Pusta,_Kaarel_Robert, lk 2
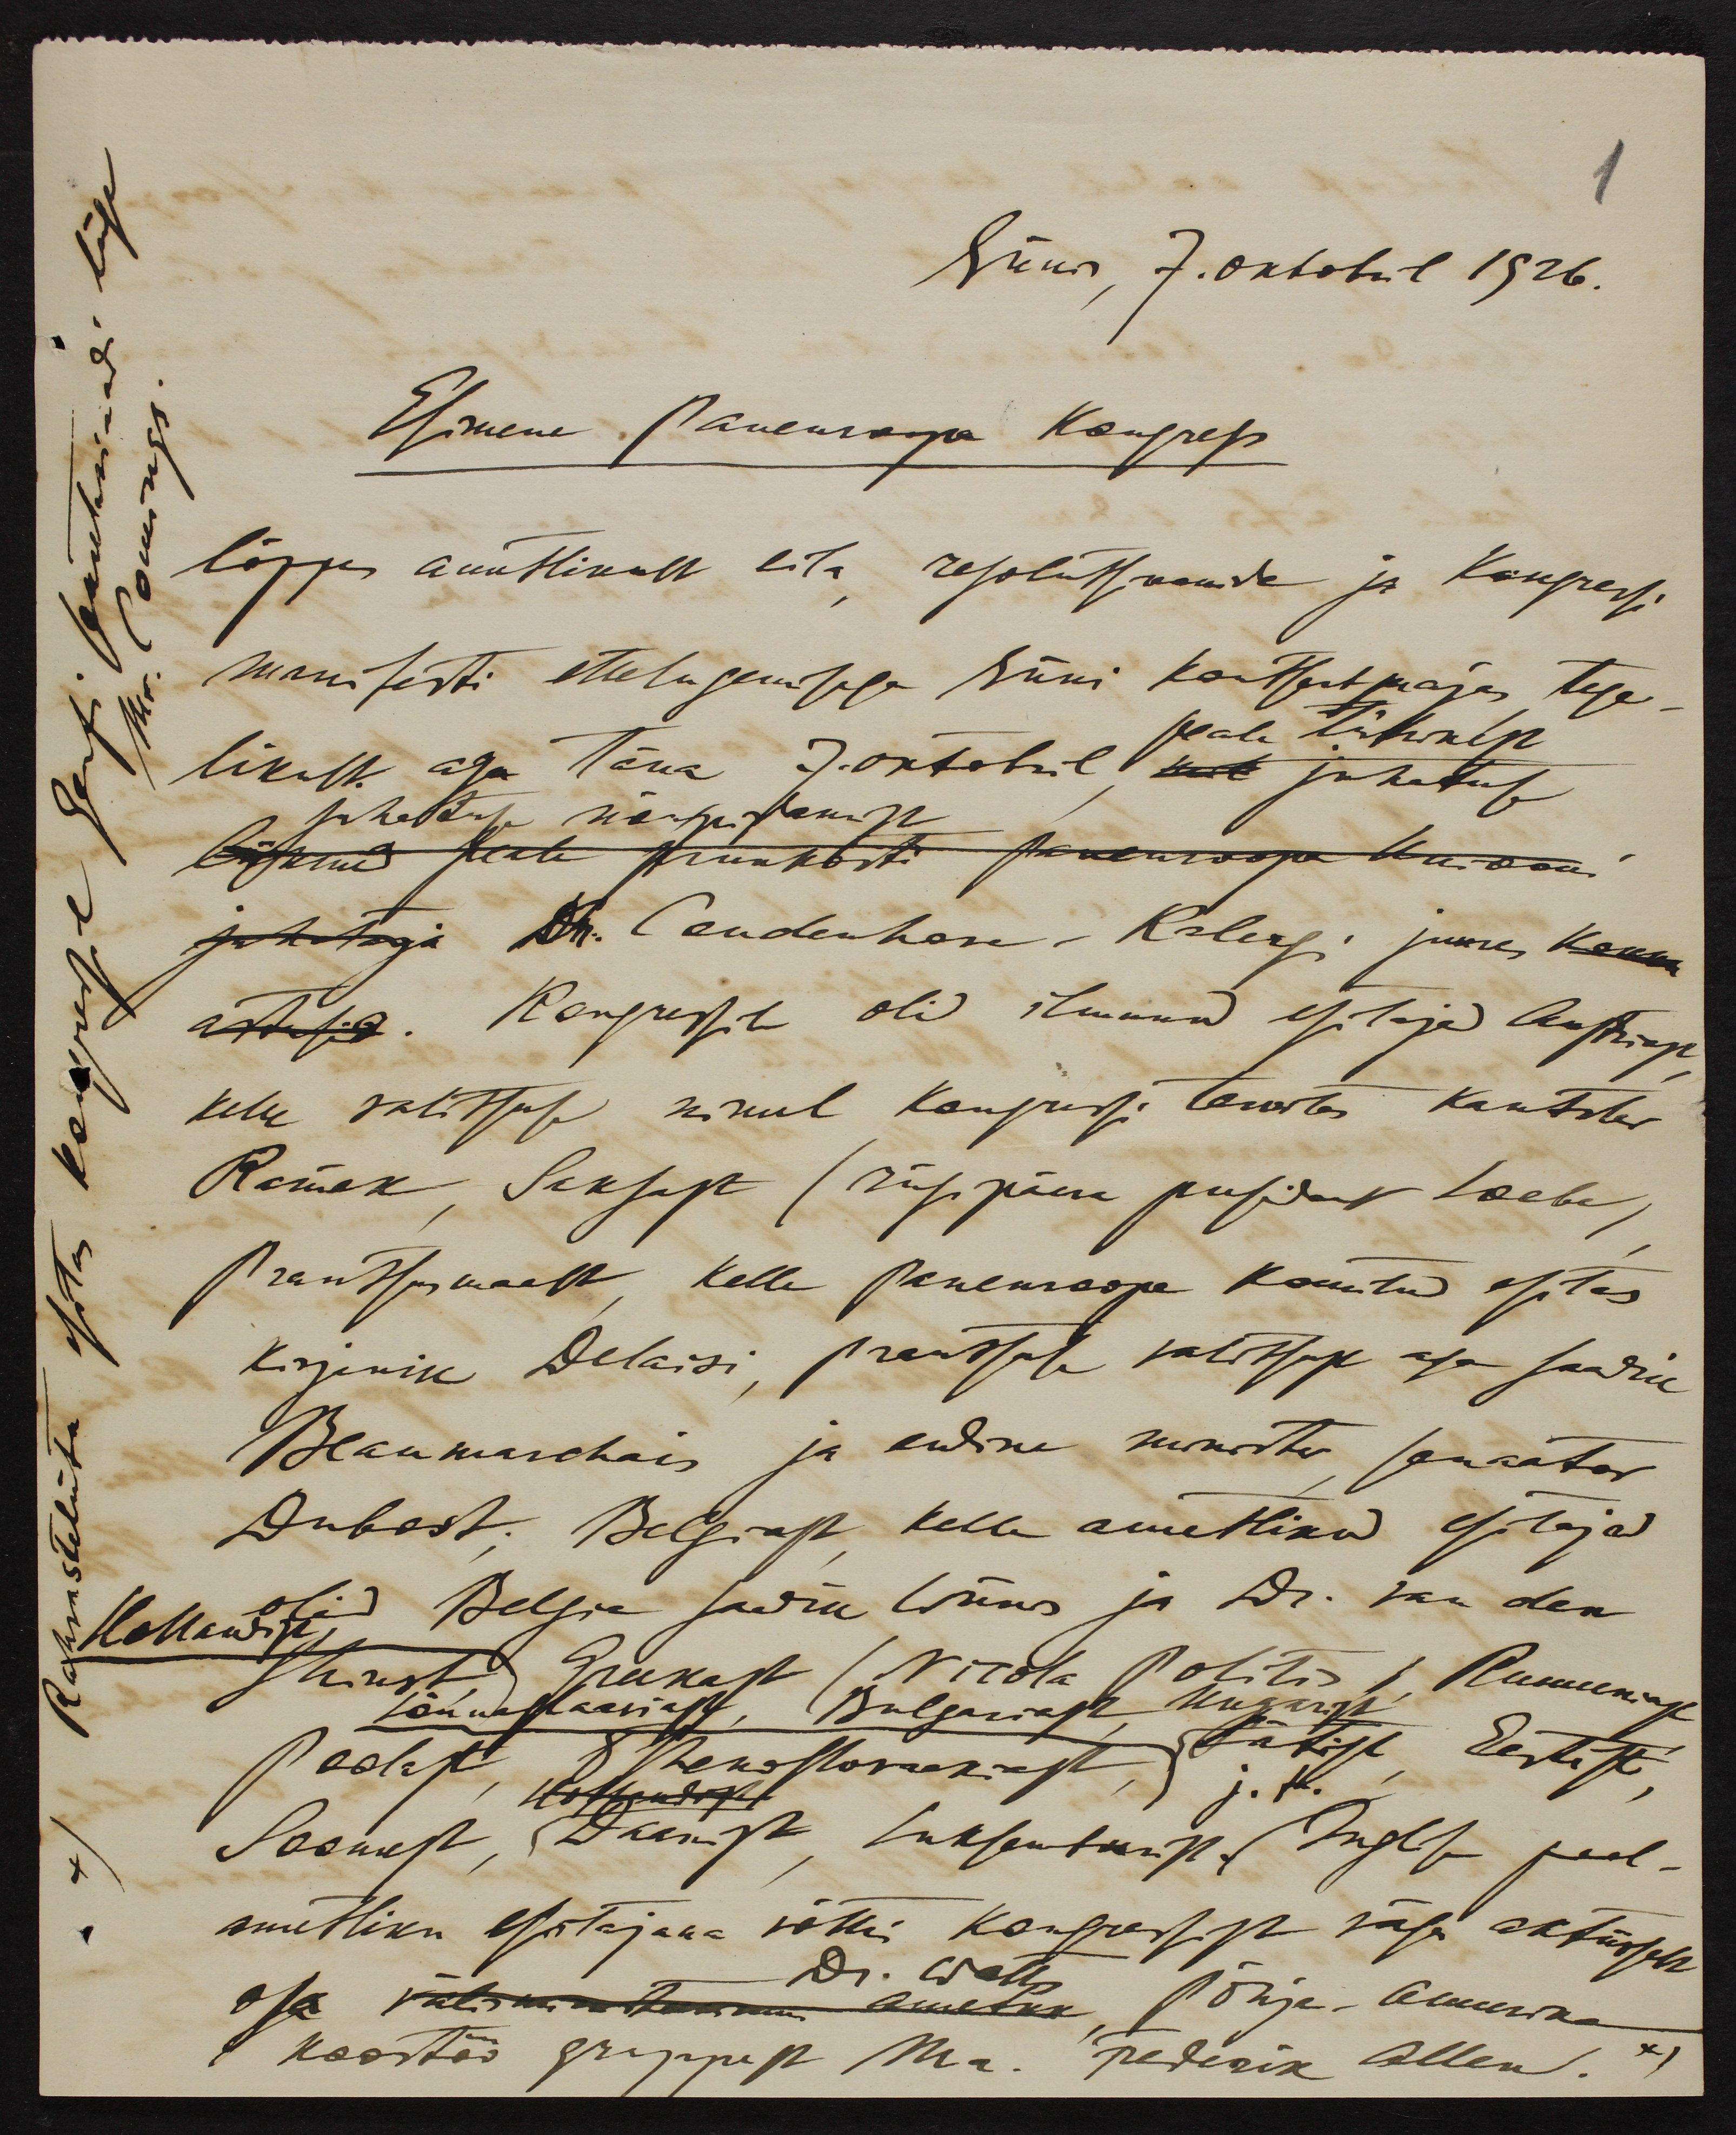
1
Rahvasteliitu esitas kongressil Genfi sekretariaadi liige
Mr. Comings
Viinis, 7. oktobril 1926.
Esimene Paneuroopa Kongress
lõppes ametlikult eila resolutsioonide ja kongressi
manifesti ettelugemisega Viini kontsertmajas tege-
peale lühikese
likult aga täna 7.oktobril juhatuse
juhatuse nõu pidamise
juhataja Dr. Coudenhove-Kalergi juures
Kongressile oli ilmunud esitaja Austriast
kelle valitsuse nimel kongressi tervitas kantsler
Renner, Saksast (riigipäeva president Loebe)
Prantsusmaalt, kelle paneuroopa komitee esitas
kirjanik Delaisi, prantsuse valitsuse aga saadik
Beaumarchais ja endine minister senaator
Dubost. Belgiast kelle ametlikud esitajad
Hollandist
olid Belgia saadik Viinis ja Dr. van der
Shinst, Greekast (nicola Politis), Rumeeniast
Lõunaslaaviast, Bulgaariast, Ungarist
Poolast, Tshekoslovakkiast, Lätist, Eestist,
j. t.
Soomest, Daanist, Luksemburgist (Inglise pool-
ametliku esitajana võttis kongressist väga aktiivselt
dr. Watts
osa välisministeeriumi ametnik Põhja-Ameerika
(koostöö gruppest Mr. Frederik Allen.*)